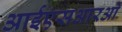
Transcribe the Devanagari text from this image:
आईएसआरओ